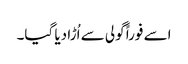
اسے فوراً گولی سے اُڑا دیا گیا۔